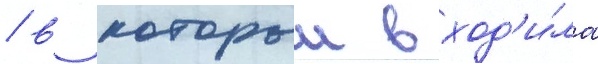
/ в которыи вход'и́ла